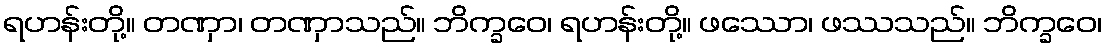
ရဟန်းတို့။ တဏှာ၊ တဏှာသည်။ ဘိက္ခဝေ၊ ရဟန်းတို့။ ဖဿော၊ ဖဿသည်။ ဘိက္ခဝေ၊